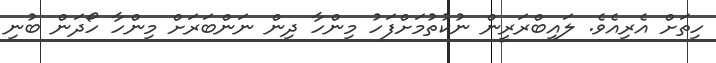
ހިތަށް އެރިއެވެ. ލައިބްރަރީން ނުކުތުމަށްފަހު މިންހާ ދިން ނަންބަރަށް މިންހާ ހޯދަން ބުނި